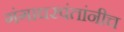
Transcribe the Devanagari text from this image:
गंगाधरपंतांनीच